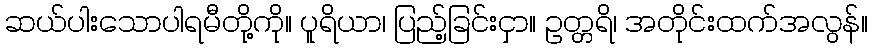
ဆယ်ပါးသောပါရမီတို့ကို။ ပူရိယာ၊ ပြည့်ခြင်းငှာ။ ဥတ္တရိ၊ အတိုင်းထက်အလွန်။